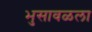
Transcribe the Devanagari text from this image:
भुसावळला